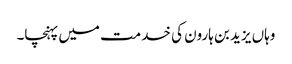
وہاں یزید بن ہارون کی خدمت میں پہنچا۔